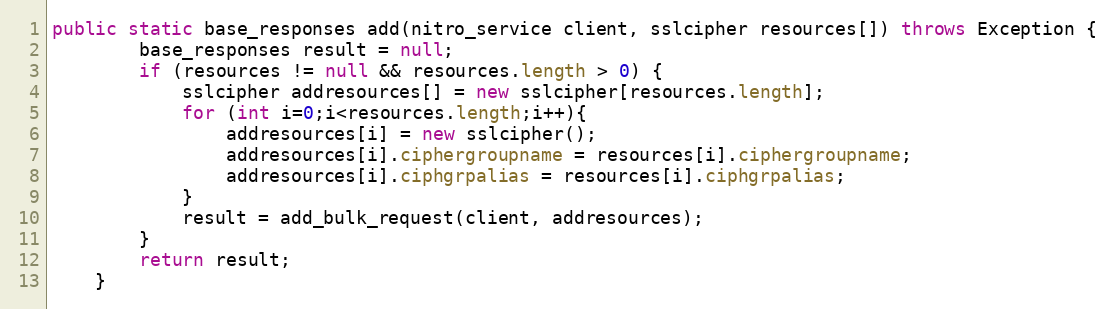
Language: Java
public static base_responses add(nitro_service client, sslcipher resources[]) throws Exception {
		base_responses result = null;
		if (resources != null && resources.length > 0) {
			sslcipher addresources[] = new sslcipher[resources.length];
			for (int i=0;i<resources.length;i++){
				addresources[i] = new sslcipher();
				addresources[i].ciphergroupname = resources[i].ciphergroupname;
				addresources[i].ciphgrpalias = resources[i].ciphgrpalias;
			}
			result = add_bulk_request(client, addresources);
		}
		return result;
	}